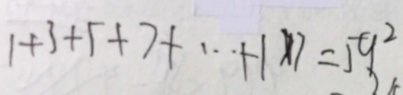
1 + 3 + 5 + 7 + \cdots + 1 \times 7 = 5 9 ^ { 2 }